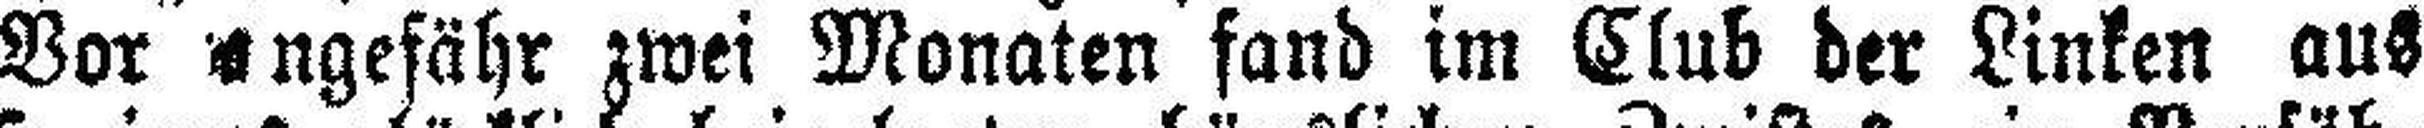
Vor angefähr zwei Monaten fand im Club der Linken aus